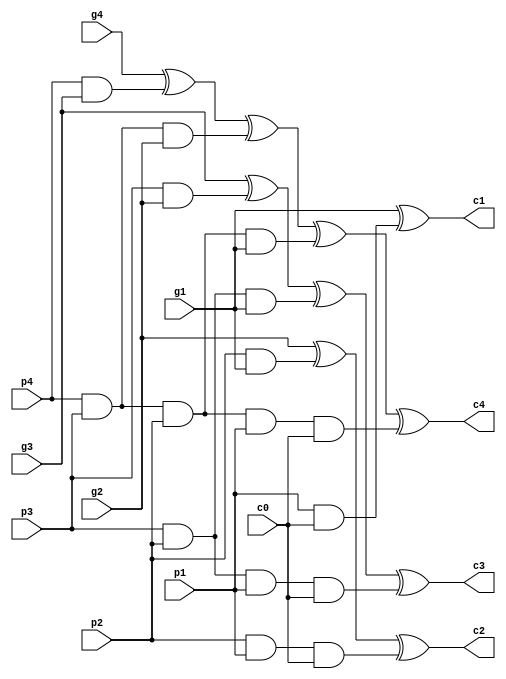
`timescale 1ns / 1ps
//////////////////////////////////////////////////////////////////////////////////
// Company: 
// Engineer: 
// 
// Design Name: 
// Module Name: CLA
// Project Name: 
// Target Devices: 
// Tool Versions: 
// Description: 
// 
// Dependencies: 
// 
// Revision:
// Revision 0.01 - File Created
// Additional Comments:
// 
//////////////////////////////////////////////////////////////////////////////////


/******************4CLA************************/
module CLA(c0,c1,c2,c3,c4,p1,p2,p3,p4,g1,g2,g3,g4);
   
	 input c0,g1,g2,g3,g4,p1,p2,p3,p4;
	 output c1,c2,c3,c4;
	 
	 assign c1 = g1 ^ (p1 & c0),
             c2 = g2 ^ (p2 & g1) ^ (p2 & p1 & c0),
             c3 = g3 ^ (p3 & g2) ^ (p3 & p2 & g1) ^ (p3 & p2 & p1 & c0),
             c4 = g4^(p4&g3)^(p4&p3&g2)^(p4&p3&p2&g1)^(p4&p3&p2&p1&c0);
	 
endmodule